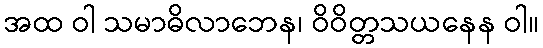
အထ ဝါ သမာဓိလာဘေန၊ ဝိဝိတ္တသယနေန ဝါ။